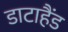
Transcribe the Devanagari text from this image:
डाटाहैंड